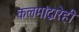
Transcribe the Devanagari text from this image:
कलमांद्वारेही